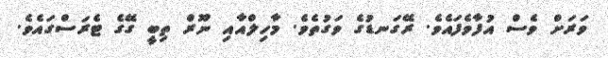
ވަރަށް ވެސް އުފާވެފައެވެ. ރޭގަނޑުގެ ވަގުތެވެ. މާހިލްއާއި ނޫރް ތިބީ ގޭގެ ޓެރަސްގައެވެ.